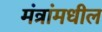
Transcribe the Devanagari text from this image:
मंत्रांमधील